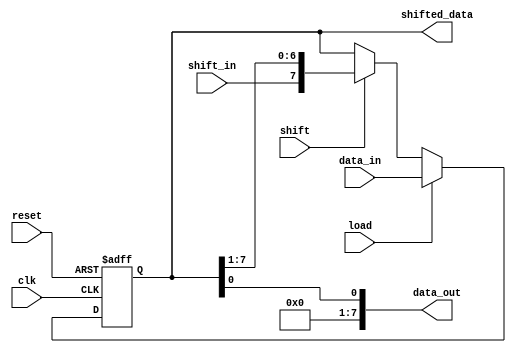
module ParameterizedShiftRegister #(
    parameter WIDTH = 8  // Default width of the shift register
)(
    input wire clk,              // Clock signal
    input wire reset,            // Asynchronous reset
    input wire [WIDTH-1:0] data_in, // Parallel input data
    input wire shift_in,         // Serial input data for shifting
    input wire load,             // Control signal for parallel loading
    input wire shift,            // Control signal for shifting
    output reg [WIDTH-1:0] data_out, // Serial output data
    output reg [WIDTH-1:0] shifted_data // Parallel output data
);

    reg [WIDTH-1:0] shift_reg;   // Internal shift register

    always @(posedge clk or posedge reset) begin
        if (reset) begin
            shift_reg <= {WIDTH{1'b0}}; // Clear the register to zero
        end else if (load) begin
            shift_reg <= data_in; // Load data in parallel
        end else if (shift) begin
            shift_reg <= {shift_in, shift_reg[WIDTH-1:1]}; // Shift right with serial input
        end
    end

    // Assign outputs
    assign data_out = shift_reg[0]; // Serial output (least significant bit)
    assign shifted_data = shift_reg; // Parallel output

endmodule